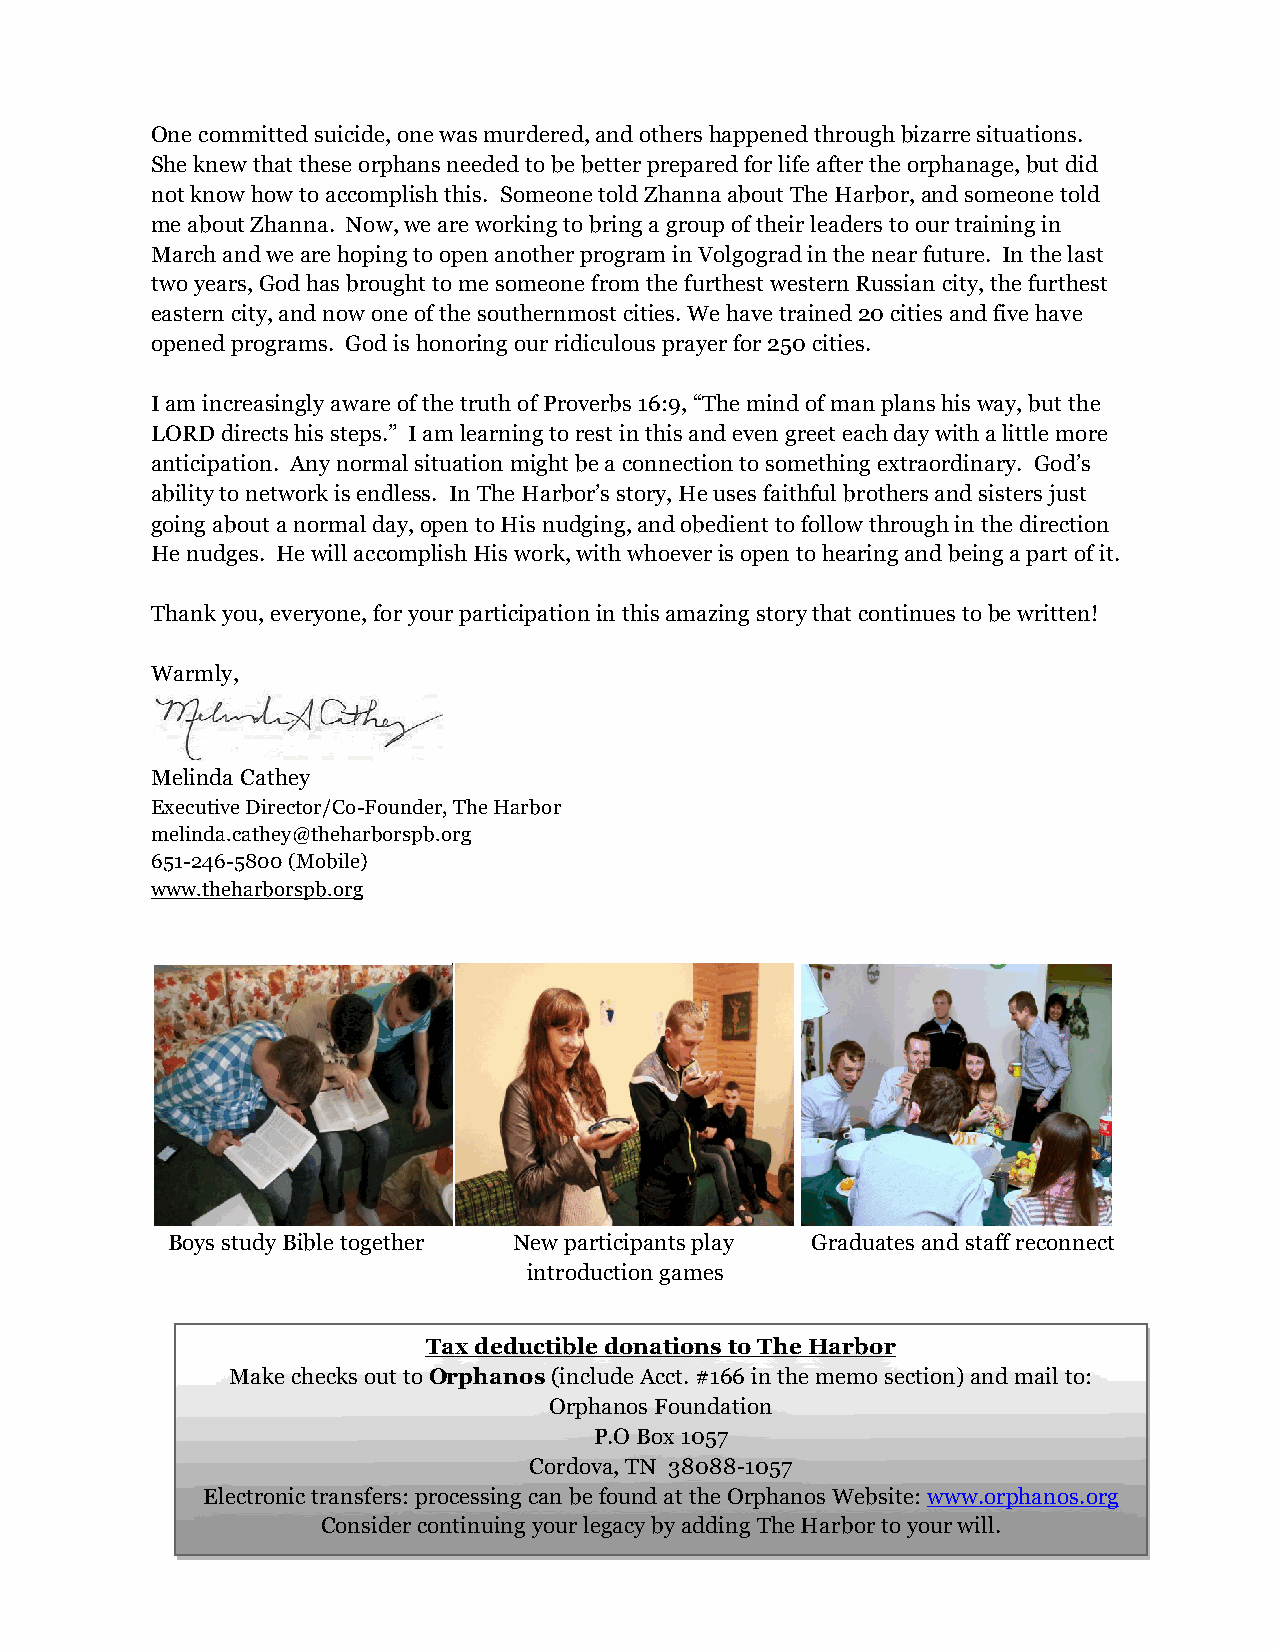
One committed suicide, one was murdered, and others happened through bizarre situations.
 She knew that these orphans needed to be better prepared for life after the orphanage, but did
 not know how to accomplish this. Someone told Zhanna about The Harbor, and someone told
 me about Zhanna. Now, we are working to bring a group of their leaders to our training in
 March and we are hoping to open another program in Volgograd in the near future. In the last
 two years, God has brought to me someone from the furthest western Russian city, the furthest
 eastern city, and now one of the southernmost cities. We have trained 20 cities and five have
 opened programs. God is honoring our ridiculous prayer for 250 cities.
 I am increasingly aware of the truth of Proverbs 16:9, “The mind of man plans his way, but the
 LORD directs his steps.” I am learning to rest in this and even greet each day with a little more
 anticipation. Any normal situation might be a connection to something extraordinary. God’s
 ability to network is endless. In The Harbor’s story, He uses faithful brothers and sisters just
 going about a normal day, open to His nudging, and obedient to follow through in the direction
 He nudges. He will accomplish His work, with whoever is open to hearing and being a part of it.
 Thank you, everyone, for your participation in this amazing story that continues to be written!
 Warmly,
 Melinda Cathey
 Executive Director/Co-Founder, The Harbor
 melinda.cathey@theharborspb.org
 651-246-5800 (Mobile)
 www.theharborspb.org
 Boys study Bible together New participants play Graduates and staff reconnect
 introduction games
 Tax deductible donations to The Harbor
 Make checks out to Orphanos (include Acct. #166 in the memo section) and mail to:
 Orphanos Foundation
 P.O Box 1057
 Cordova, TN 38088-1057
 Electronic transfers: processing can be found at the Orphanos Website: www.orphanos.org
 Consider continuing your legacy by adding The Harbor to your will.